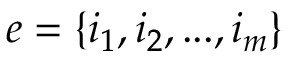
e = \{ i _ { 1 } , i _ { 2 } , . . . , i _ { m } \}